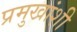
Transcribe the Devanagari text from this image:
प्रमुखांशी